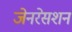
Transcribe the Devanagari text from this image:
जेनरेसशन